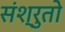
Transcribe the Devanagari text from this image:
संश्रुतो